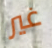
غير